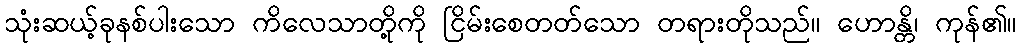
သုံးဆယ့်ခုနစ်ပါးသော ကိလေသာတို့ကို ငြိမ်းစေတတ်သော တရားတိုသည်။ ဟောန္တိ၊ ကုန်၏။